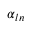
\alpha _ { l n }